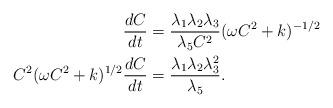
LaTeX: \begin{align*}\begin{aligned}\frac{dC}{dt}&=\frac{\lambda_1\lambda_2\lambda_3}{\lambda_5C^2}(\omega C^2+k)^{-1/2}\\C^2(\omega C^2+k)^{1/2}\frac{dC}{dt}&=\frac{\lambda_1\lambda_2\lambda_3^2}{\lambda_5}.\end{aligned}\end{align*}